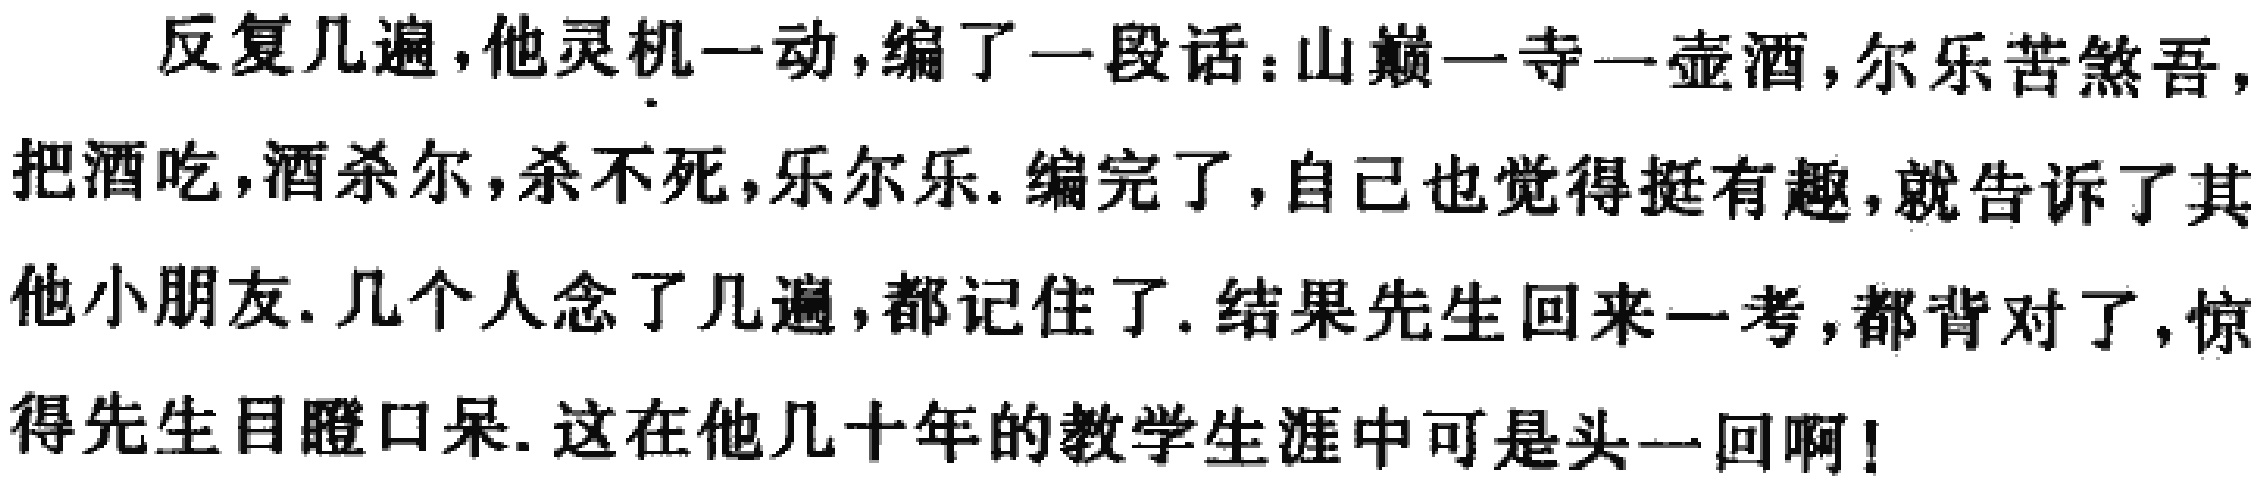
反复几遍，他灵机一动，编了一段话：山巅一寺一壶酒，尔乐苦煞吾，把酒吃，酒杀尔，杀不死，乐尔乐. 编完了，自己也觉得挺有趣，就告诉了其他小朋友. 几个人念了几遍，都记住了. 结果先生回来一考，都背对了，惊得先生目瞪口呆. 这在他几十年的教学生涯中可是头一回啊！